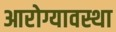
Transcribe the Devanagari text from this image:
आरोग्यावस्था